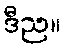
ဒီည။